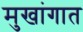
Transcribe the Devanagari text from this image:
मुखांगात